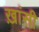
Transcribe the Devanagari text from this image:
ख़ांसी